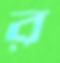
র